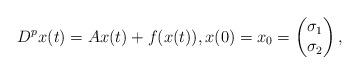
LaTeX: \begin{align*} D^p x(t) = A x(t) + f(x(t)), x(0) = x_0 = \begin{pmatrix} \sigma_1 \\ \sigma_2 \end{pmatrix}, \end{align*}